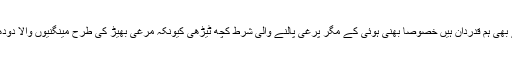
مرغی کے بھی ہم قدردان ہیں خصوصًا بھنی ہوئی کے مگر پرغی پالنے والی شرط کچھ ٹیڑھی کیونکہ مرغی بھیڑ کی طرح مینگنیوں والا دودھ دیتی ہے۔